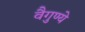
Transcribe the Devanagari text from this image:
वैगुण्ये